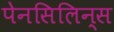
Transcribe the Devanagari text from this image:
पेनसिलिन्स